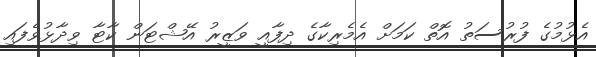
އެޅުުމުގެ ފުރުސަތު އޮތް ކަމަށް އެމެރިކާގެ ދިފާއީ ވަޒީރު އޭޝްޓަން ކާޓާ ވިދާޅުވެފައި